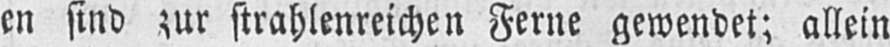
en sind zur strahlenreichen Ferne gewendet; allein